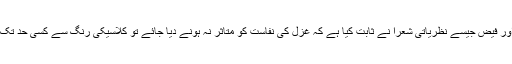
اور یہ بات کسی حد تک درست بھی ہے کیونکہ اقبال ؒ اور فیض جیسے نظریاتی شعرأ نے ثابت کیا ہے کہ غزل کی نفاست کو متاثر نہ ہونے دیا جائے تو کلاسیکی رنگ سے کسی حد تک نکل کر بھی غزل کامیابی کے ساتھ کہی جاسکتی ہے۔